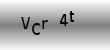
Text: VCr4t